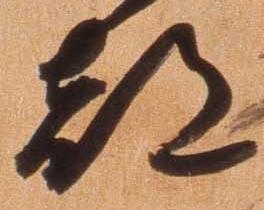
都